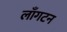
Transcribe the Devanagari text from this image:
लाँगटन